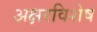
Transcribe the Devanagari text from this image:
अक्षरविशेष